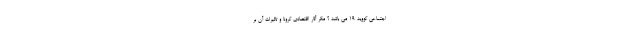
اجتماعی کووید 19 می باشد ؟ مگر آثار اقتصادی کرونا و تاثیرات آن بر